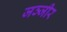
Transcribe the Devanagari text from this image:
जञ्जीर